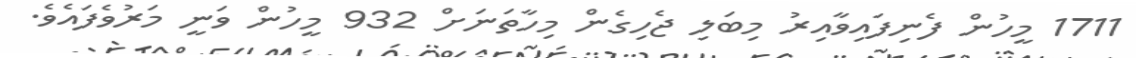
1711 މީހުން ފެނިފައިވާއިރު މިބަލި ޖެހިގެން މިހާތަނަށް 932 މީހުން ވަނީ މަރުވެފައެވެ.